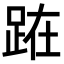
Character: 𨀬